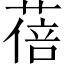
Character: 蓓